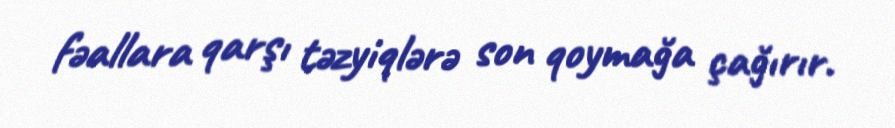
fəallara qarşı təzyiqlərə son qoymağa çağırır.